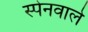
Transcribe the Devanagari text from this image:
स्पेनवाले